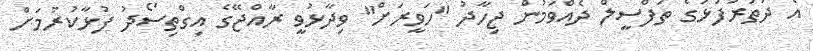
އެ ދަތުރުފުޅުގެ ތަފްސީލް ދެއްވަމުން ޖިހާދު "ހަވީރަށް" ވިދާޅުވީ ރާއްޖޭގެ އިގްތިސޯދު ފުޅާކުރުމަށް